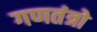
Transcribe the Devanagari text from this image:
गणतंत्रो